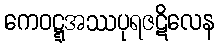
ကေဝဋ္ဋအဿပုရဇဋိလေန